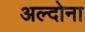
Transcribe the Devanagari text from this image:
अल्दोना